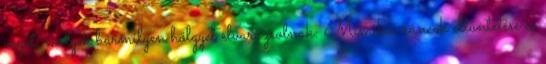
vezet, melyek bármilyen hölgyet elvarázsolnak: Mimikai ráncok eltüntetése és